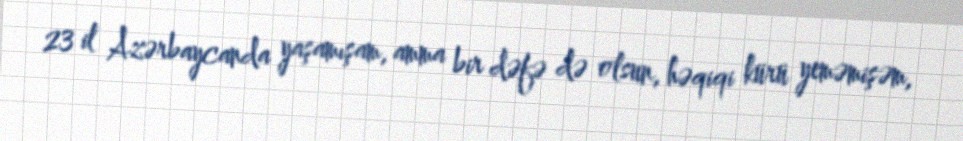
23 il Azərbaycanda yaşamışam, amma bir dəfə də olsun, həqiqi kürü yeməmişəm,